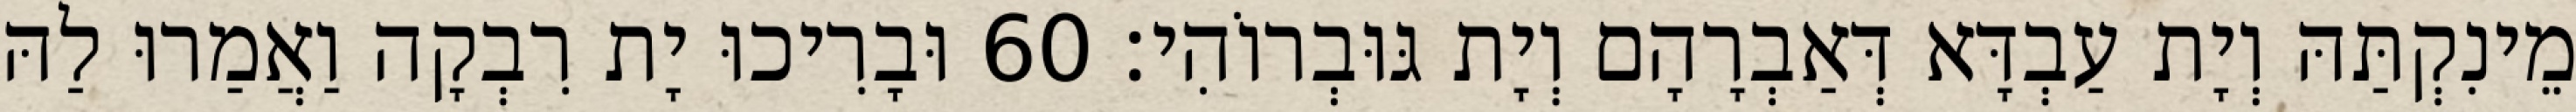
מֵינִקְתַּהּ וְיָת עַבְדָּא דְּאַבְרָהָם וְיָת גּוּבְרוֹהִי׃ 60 וּבָרִיכוּ יָת רִבְקָה וַאֲמַרוּ לַהּ